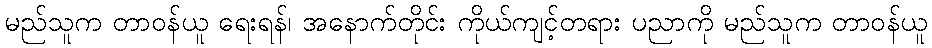
မည်သူက တာဝန်ယူ ရေးရန်၊ အနောက်တိုင်း ကိုယ်ကျင့်တရား ပညာကို မည်သူက တာဝန်ယူ